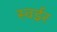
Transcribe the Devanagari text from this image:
स्वईर